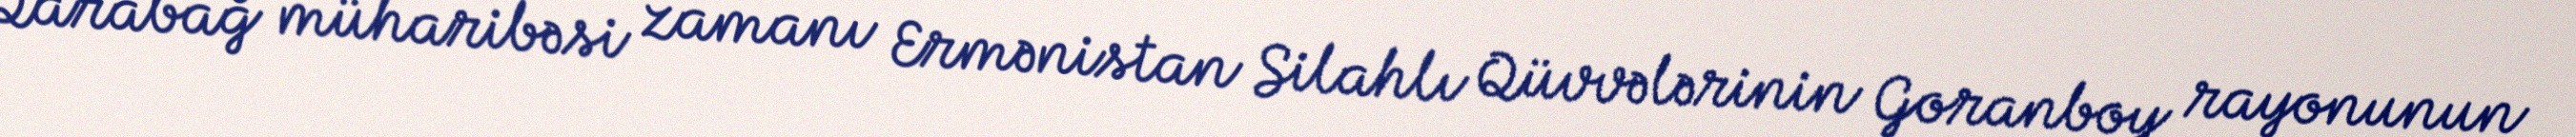
Qarabağ müharibəsi zamanı Ermənistan Silahlı Qüvvələrinin Goranboy rayonunun